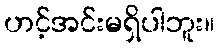
ဟင့်အင်းမရှိပါဘူး။